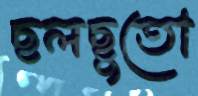
ছলছুতো